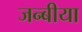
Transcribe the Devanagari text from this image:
जन्बीया